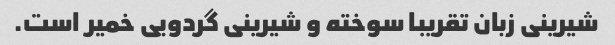
شیرینی زبان تقریبا سوخته و شیرینی گردویی خمیر است.